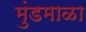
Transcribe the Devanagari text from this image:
मुंडमाळा